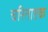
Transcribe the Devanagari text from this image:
चरिताष्टक